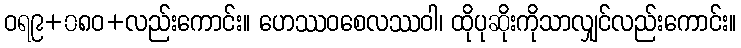
ဝရ၉+၀၈ဝ+လည်းကောင်း။ ဟေဿဝစေလဿဝါ၊ ထိုပုဆိုးကိုသာလျှင်လည်းကောင်း။